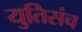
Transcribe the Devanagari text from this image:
युतिसंच